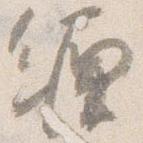
纏